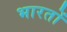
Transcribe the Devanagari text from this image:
भारतों